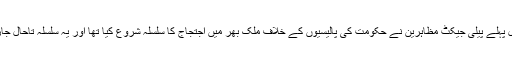
ایک سال پہلے پیلی جیکٹ مظاہرین نے حکومت کی پالیسیوں کے خلاف ملک بھر میں اجتجاج کا سلسلہ شروع کیا تھا اور یہ سلسلہ تاحال جاری ہے۔